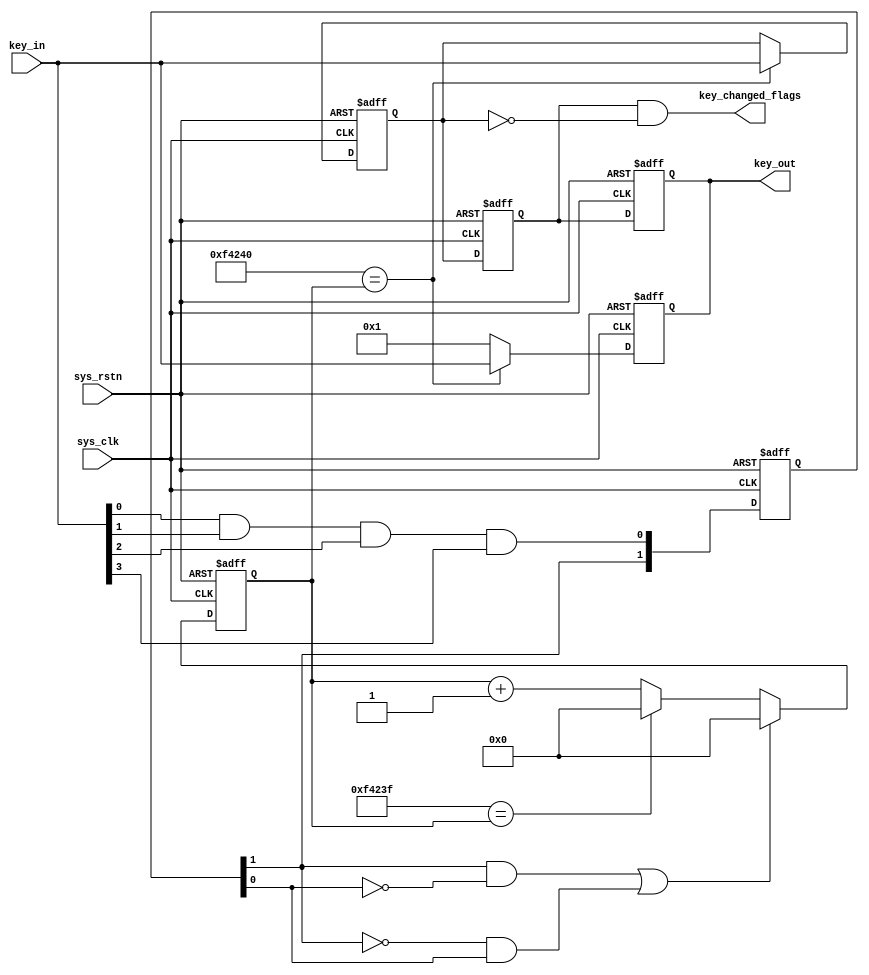
// module
// 
module key_debounce (
    input sys_clk, //50M
    input sys_rstn,
    input [3:0] key_in, //
    output reg [3:0] key_out,
    output [3:0] key_changed_flags //
);
    parameter DEBOUCNE_COUNT = 20'd1_000_000; //20ms

    wire key_csn;
    wire key_neg;
    wire key_pos;
    reg [1:0] key_reg;

    assign key_csn = key_in[0] & key_in[1] & key_in[2] & key_in[3]; //(0, 1), key_csn , , 4
    
    always @(posedge sys_clk or negedge sys_rstn) begin
        if (!sys_rstn) begin
            key_reg <= 2'b1;;
        end
        else begin
            key_reg <= {key_reg[1],key_csn};
        end
    end

    assign key_neg = key_reg[1] & ~key_reg[0];
    assign key_pos = ~key_reg[1] & key_reg[0];

    reg [19:0] debounce_count_reg;

    always @(posedge sys_clk or negedge sys_rstn) begin
        if (!sys_rstn) begin
            debounce_count_reg <= 'b0;
        end
        else begin
            if(key_neg || key_pos) begin
                debounce_count_reg <= 'b0;
            end
            else if (DEBOUCNE_COUNT -1 == debounce_count_reg) begin
                debounce_count_reg <= 'b0;
            end
            else begin
                debounce_count_reg <= debounce_count_reg + 1'b1;
            end
        end
    end

    // : , assign  , assign reg, , key_out_wire
    wire [3:0] key_out_wire;
    assign key_out_wire = (DEBOUCNE_COUNT == debounce_count_reg)?key_in:1; //
    always @(posedge sys_clk or negedge sys_rstn) begin
        if (!sys_rstn) begin
            key_out <= 4'b1111;
        end
        else begin
            key_out <= key_out_wire;
        end
    end

    // : 
    reg [3:0] key_out_reg[1:0]; 
    always @(posedge sys_clk or negedge sys_rstn) begin
        if (!sys_rstn) begin
            key_out_reg[0] <= 4'b1111;
            key_out_reg[1] <= 4'b1111;
        end
        else begin
            key_out_reg[1] <= key_out_reg[0]; //, , if 
            if (DEBOUCNE_COUNT == debounce_count_reg) begin
                key_out_reg[0] <= key_in;
            end
            else;
        end
    end

    always @(posedge sys_clk or negedge sys_rstn) begin
        if (!sys_rstn) begin
            key_out <= 4'b1111;
        end
        else begin
            key_out <= key_out_reg[1];
        end
    end
    
    assign key_changed_flags = key_out_reg[1] & ~key_out_reg[0];

endmodule